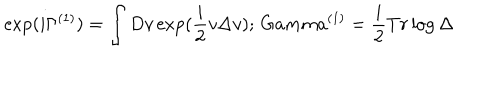
\exp ( i \Gamma ^ { ( 1 ) } ) = \int D v \exp ( \frac { i } { 2 } v \Delta v ) ; \, G a m m a ^ { ( 1 ) } = \frac { i } { 2 } T r \log \Delta